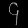
Digit: ၄